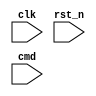
module SPI #(
    parameter CMD_WIDTH = 12,
    parameter READ_WIDTH = 8
) (
    input clk,
    input rst_n,
    input [CMD_WIDTH-1:0] cmd
);
    
endmodule